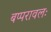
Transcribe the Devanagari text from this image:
बप्परावलः